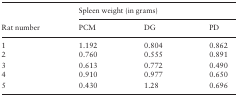
|  | <COLSPAN=3> Spleen weight (in grams) |
 | Rat number | PCM | DG | PD |
 | --- | --- | --- | --- |
 | 1 | 1.192 | 0.804 | 0.862 |
 | 2 | 0.760 | 0.555 | 0.891 |
 | 3 | 0.613 | 0.772 | 0.490 |
 | 4 | 0.910 | 0.977 | 0.650 |
 | 5 | 0.430 | 1.28 | 0.696 |